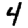
Digit: 4